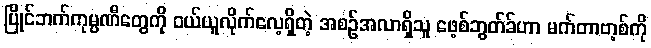
ပြိုင်ဘက်ကုမ္ပဏီတွေကို ဝယ်ယူလိုက်လေ့ရှိတဲ့ အစဉ်အလာရှိသူ ဖေ့စ်ဘွတ်ခ်ဟာ မက်တာဗာ့စ်ကို